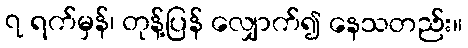
၇ ရက်မှန်၊ တုန့်ပြန် လျှောက်၍ နေသတည်း။